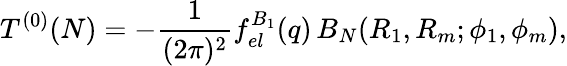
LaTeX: T^{(0)}(N)=-\frac{1}{(2\pi)^{2}}f_{el}^{B_{1}}(q)\, B_{N}(R_{1},R_{m};\phi_{1},\phi_{m}),